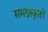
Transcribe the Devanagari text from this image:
समग्राकृतों